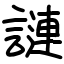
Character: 謰